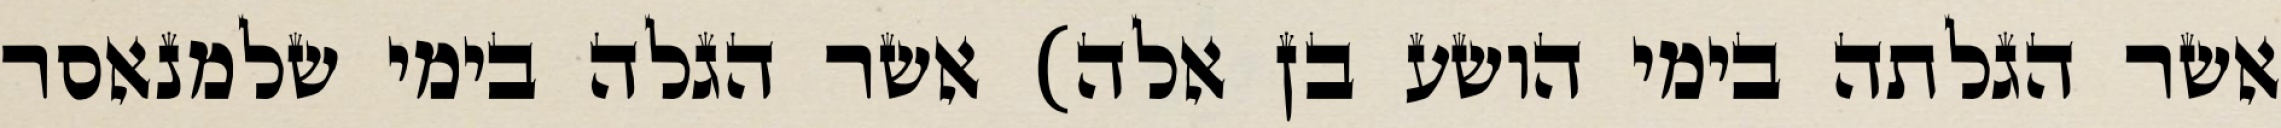
אשר הגלתה בימי הושע בן אלה) אשר הגלה בימי שלמנאסר